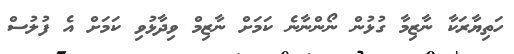
ހަތިޔާރަކާ ނާޒިމާ ގުޅުން ނޯންނާނެ ކަމަށް ނާޒިމް ވިދާޅުވި ކަމަށް އެ ފުލުސް